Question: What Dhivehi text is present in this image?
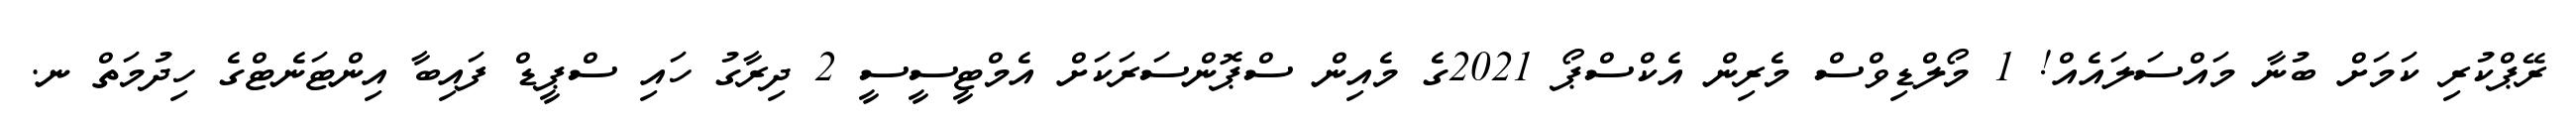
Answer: ރޭޕްކުރި ކަމަށް ބުނާ މައްސަލައެއް! 1 މޯލްޑިވްސް މެރިން އެކްސްޕޯ 2021ގެ މެއިން ސްޕޮންސަރަކަށް އެމްޓީސީސީ 2 ދިރާގު ހައި ސްޕީޑް ފައިބާ އިންޓަނެޓްގެ ހިދުމަތް ނ.